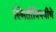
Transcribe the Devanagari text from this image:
स्थितीविषयीचे